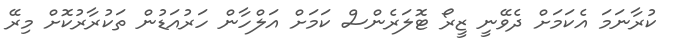
ކުރާނަމަ އެކަމަށް ދެވޭނީ ޒީރޯ ޓޮލަރެންސް ކަމަށް އަލްހާން ހަރުއަޑުން ތަކުރާރުކޮށް މިރޭ